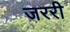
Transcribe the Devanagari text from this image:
जररी